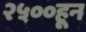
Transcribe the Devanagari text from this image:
२५००हून